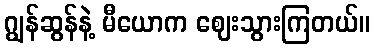
ဂျွန်ဆွန်နဲ့ မီယောက ဈေးသွားကြတယ်။